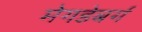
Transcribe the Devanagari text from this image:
मेगडेबर्ग